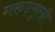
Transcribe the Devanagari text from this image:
गरुड़मुखी